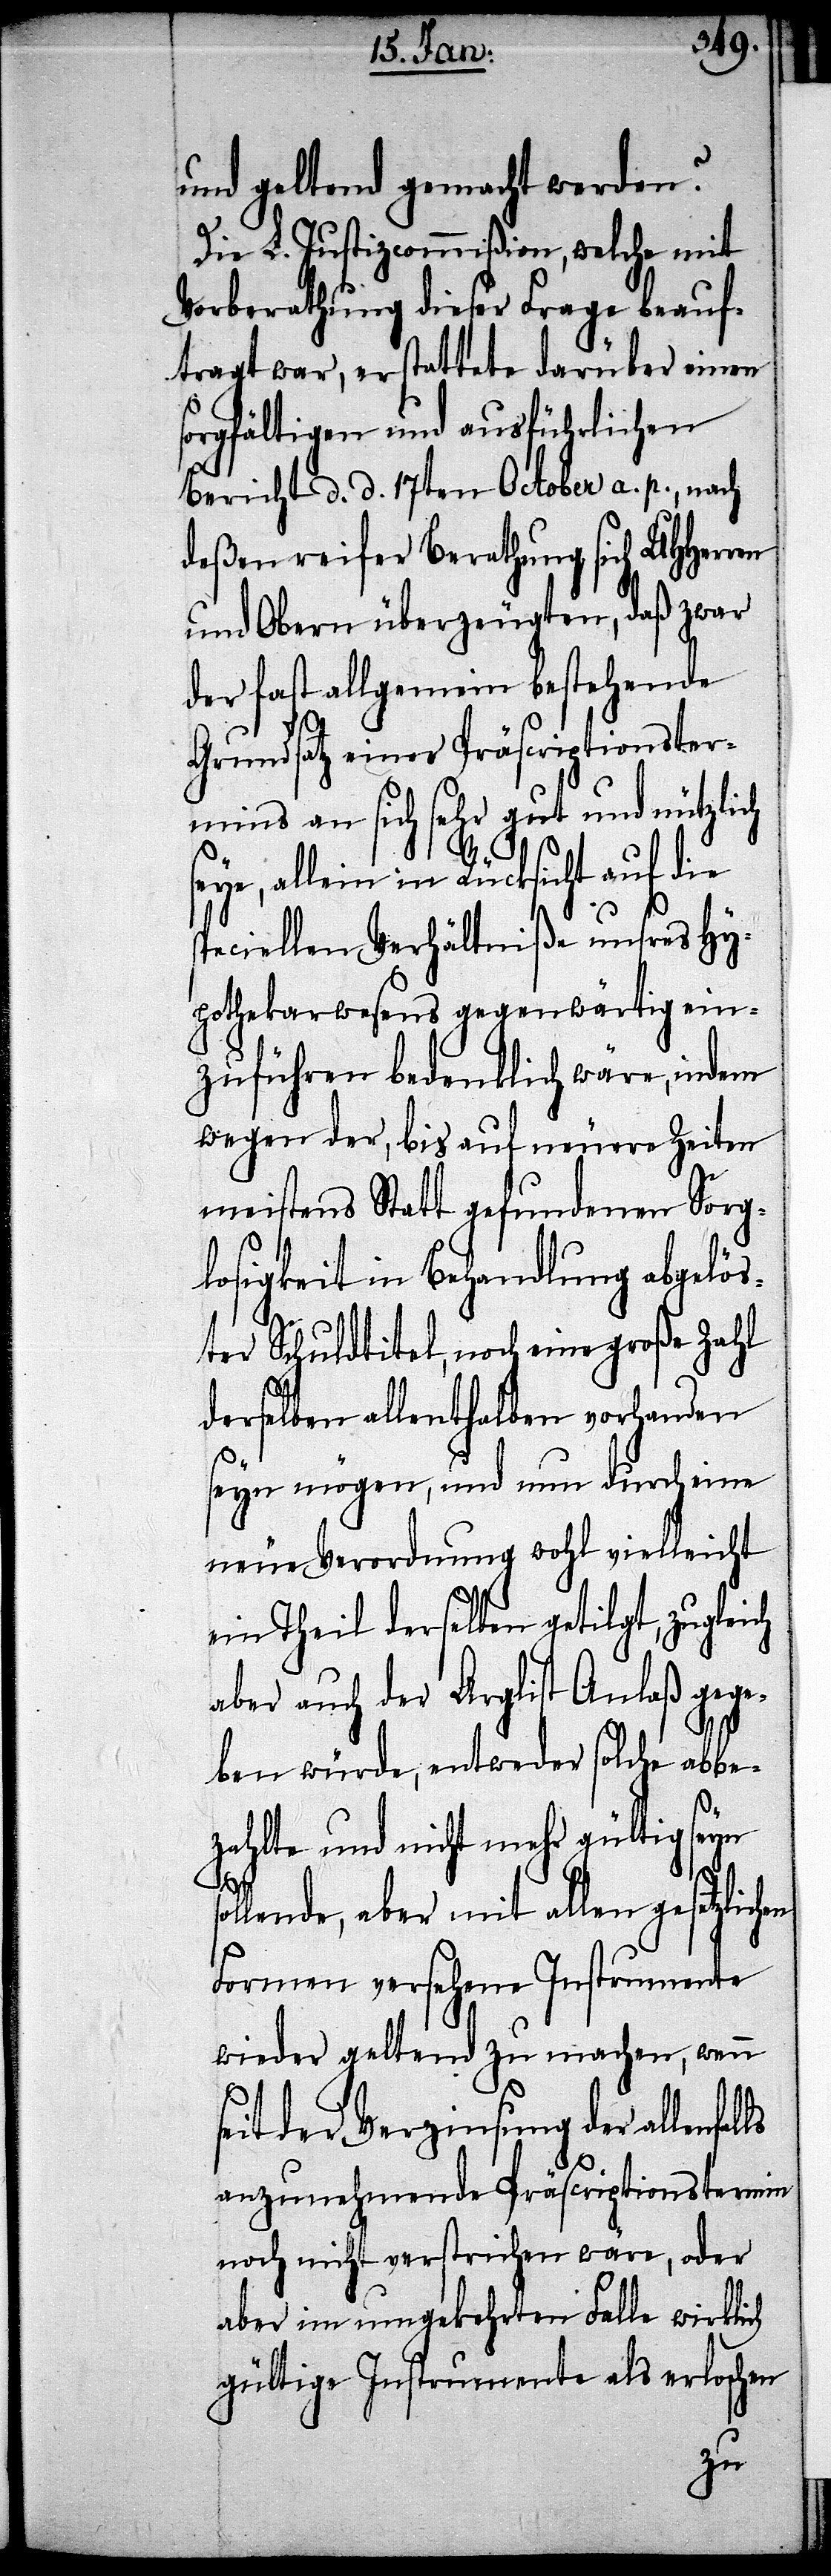
und geltend gemacht werden?
Die L. Justizcommißion, welche mit
Vorberathung dieser Frage beauf¬
tragt war, erstattete darüber einen
sorgfältigen und ausführlichen
Bericht d. d. 17ten October a. p., nach
deßen reifer Berathung sich UHHerren
und Obern überzeugten, daß zwar
der fast allgemein bestehende
Grundsatz einer Präscriptionster¬
an sich sehr gut und nützlich
seye, allein in Rücksicht auf die
speciellen Verhältniße unsres Hy¬
pothekarwesens gegenwärtig ein¬
zuführen bedenklich wäre, indem
wegen der, bis auf neuere Zeiten
meistens Statt gefundenen Sorg¬
losigkeit in Behandlung abgelös¬
ter Schuldtitel, noch eine große Zahl
derselben allenthalben vorhanden
seyn mögen, und um durch eine
neue Verordnung wohl vielleicht
ein Theil derselben getilgt, zugleich
aber auch der Arglist Anlaß gege¬
ben würde, entweder solche abbe¬
zahlte und nicht mehr gültig seyn
ls
lende, aber mit allen gesetzlic¬
Formen versehene Instrumente
wieder geltend zu machen, wenn
seit der Verzinsung der allenfal¬
anzunehmende Präscriptionstermine
noch nicht verstrichen wäre, oder
aber im umgekehrten Falle wirklich
gültige Instrumente als erloschen